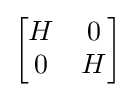
{\begin{bmatrix}H&0\\0&H\end{bmatrix}}